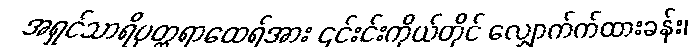
အရှင်သာရိပုတ္တရာထေရ်အား ၎င်းင်းကိုယ်တိုင် လျှောက်က်ထားခန်း၊